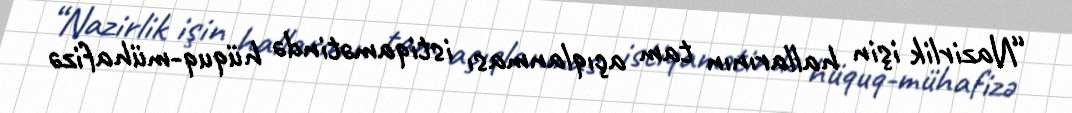
“Nazirlik işin hallarının tam açıqlanması istiqamətində hüquq-mühafizə